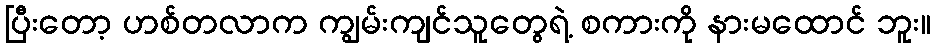
ပြီးတော့ ဟစ်တလာက ကျွမ်းကျင်သူတွေရဲ့ စကားကို နားမထောင် ဘူး။